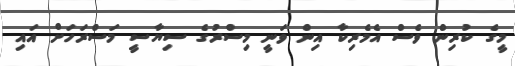
މީގެ ކުރިން ވެސް އެމެރިކާ އިން ވަނީ މިސްރުގެ ސިޔާސީ މަސްރަހަށް އައި